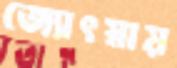
জ্যোৎস্নায়